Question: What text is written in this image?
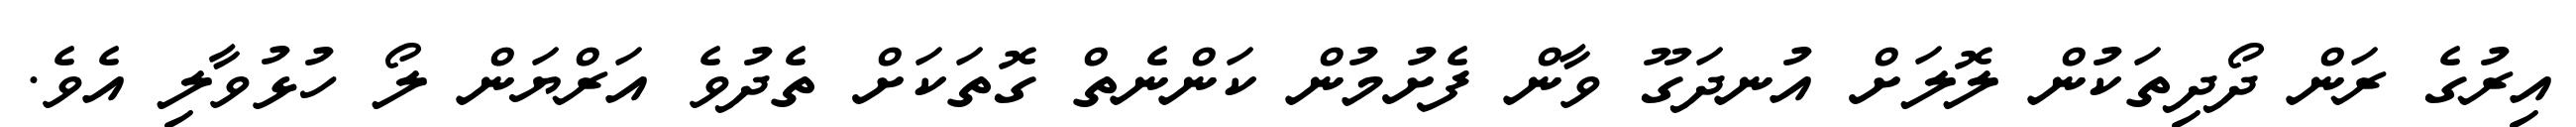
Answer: އިރުގެ ރަން ދޯދިތަކުން ލޮލަށް އުނދަގޫ ވާން ފެށުމުން ކަންނެތް ގޮތަކަށް ތެދުވެ އަރްޔަން ލޯ ހުޅުވާލި އެވެ.